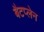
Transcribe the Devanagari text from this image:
बैटप्लेन